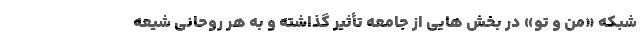
شبکه «من و تو» در بخش هایی از جامعه تأثیر گذاشته و به هر روحانی شیعه